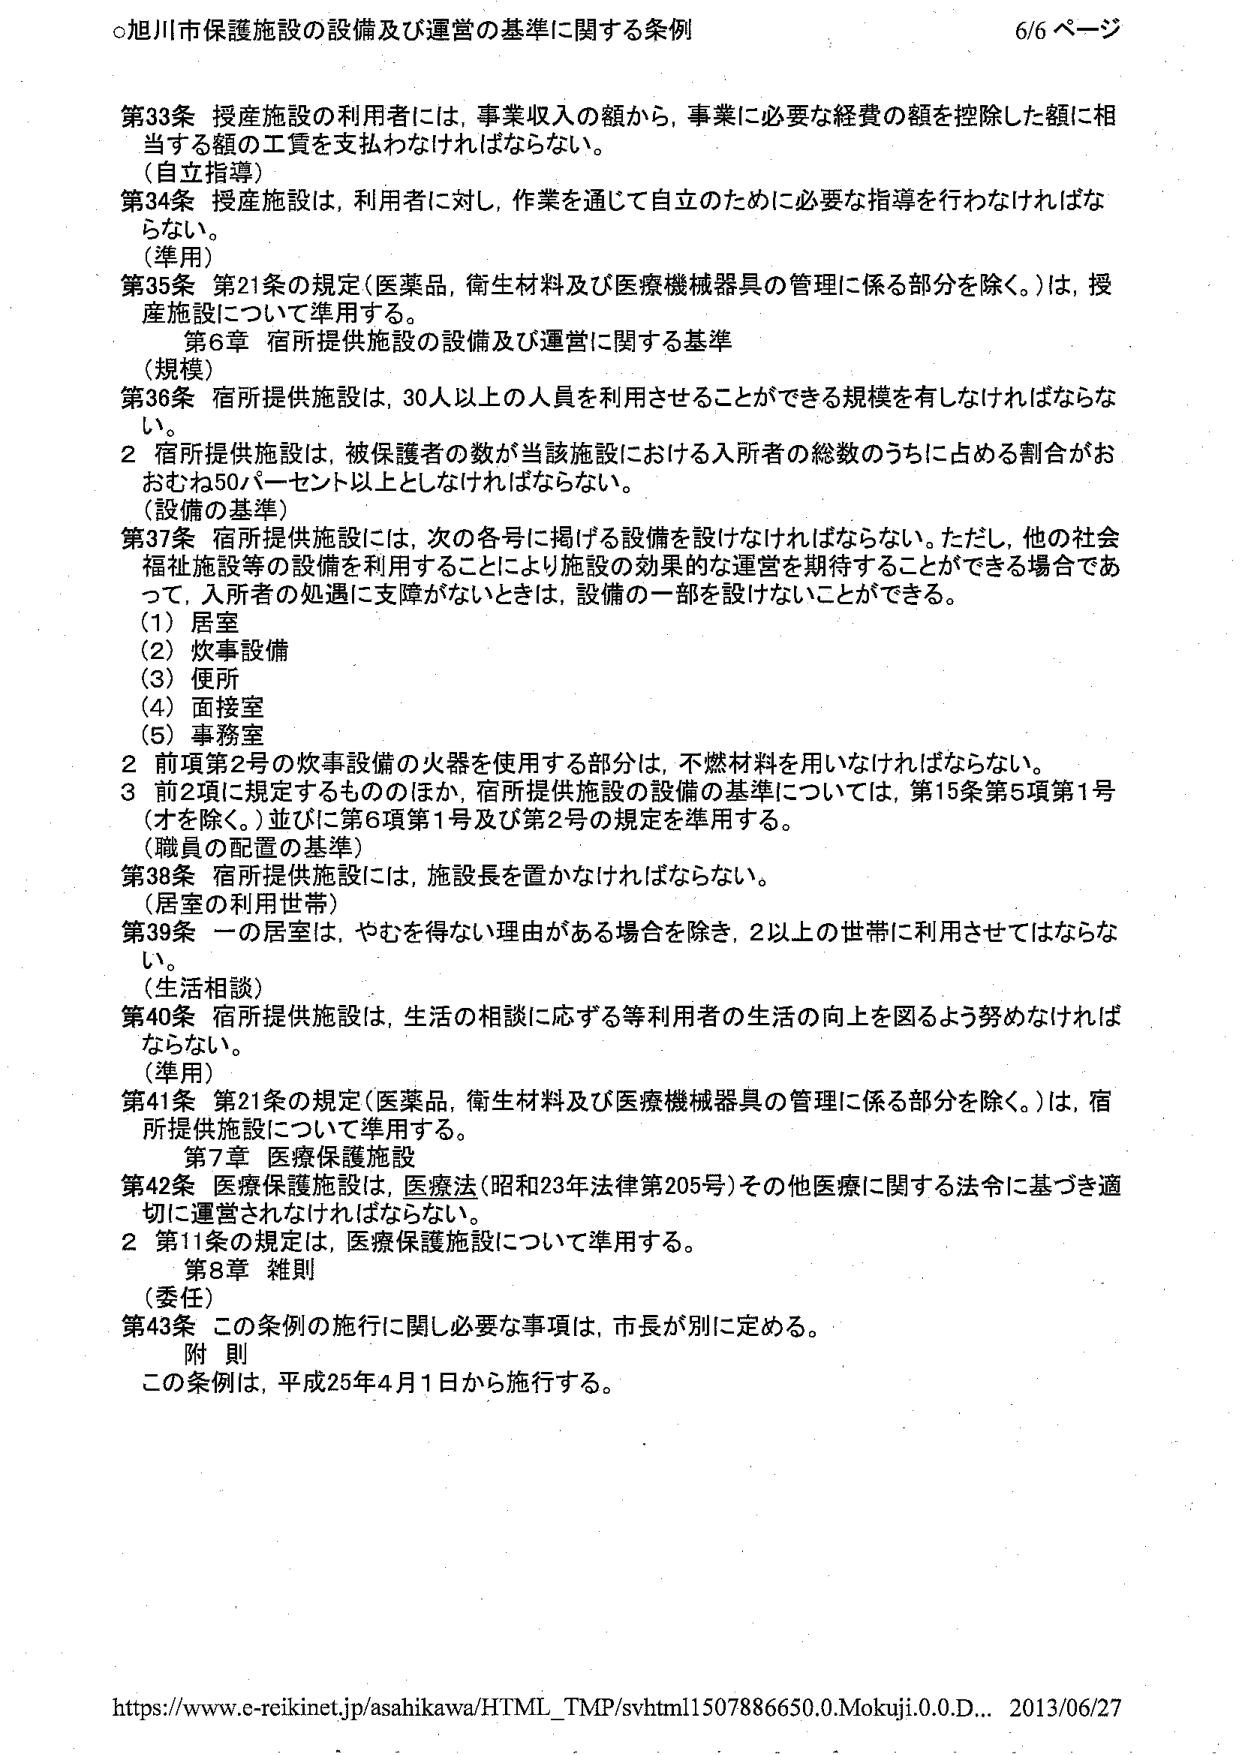
○旭川市保護施設の設備及び運営の基準に関する条例 6/6ページ

第33条 授産施設の利用者には、事業収入の額から、事業に必要な経費の額を控除した額に相当する額の工賃を支払わなければならない。
（自立指導）
第34条 授産施設は、利用者に対し、作業を通じて自立のために必要な指導を行わなければならない。
（準用）
第35条 第21条の規定（医薬品、衛生材料及び医療機械器具の管理に係る部分を除く。）は、授産施設について準用する。

第6章 宿所提供施設の設備及び運営に関する基準
（規模）
第36条 宿所提供施設は、30人以上の人員を利用させることができる規模を有しなければならない。
2 宿所提供施設は、被保護者の数が当該施設における入所者の総数のうちに占める割合がおおむね50パーセント以上としなければならない。
（設備の基準）
第37条 宿所提供施設には、次の各号に掲げる設備を設けなければならない。ただし、他の社会福祉施設等の設備を利用することにより施設の効果的な運営を期待することができる場合であって、入所者の処遇に支障がないときは、設備の一部を設けないことができる。
（1）居室
（2）炊事設備
（3）便所
（4）面接室
（5）事務室
2 前項第2号の炊事設備の火器を使用する部分は、不燃材料を用いなければならない。
3 前2項に規定するもののほか、宿所提供施設の設備の基準については、第15条第5項第1号（オを除く。）並びに第6項第1号及び第2号の規定を準用する。
（職員の配置の基準）
第38条 宿所提供施設には、施設長を置かなければならない。
（居室の利用世帯）
第39条 一の居室は、やむを得ない理由がある場合を除き、2以上の世帯に利用させてはならない。
（生活相談）
第40条 宿所提供施設は、生活の相談に応ずる等利用者の生活の向上を図るよう努めなければならない。
（準用）
第41条 第21条の規定（医薬品、衛生材料及び医療機械器具の管理に係る部分を除く。）は、宿所提供施設について準用する。

第7章 医療保護施設
第42条 医療保護施設は、医療法（昭和23年法律第205号）その他医療に関する法令に基づき適切に運営されなければならない。
2 第11条の規定は、医療保護施設について準用する。

第8章 雑則
（委任）
第43条 この条例の施行に関し必要な事項は、市長が別に定める。

附 則
この条例は、平成25年4月1日から施行する。

https://www.e-reikinet.jp/asahikawa/HTML_TMP/svhtml1507886650.0.Mokuji.0.0.D... 2013/06/27